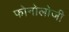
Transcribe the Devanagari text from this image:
फोनोलोजी